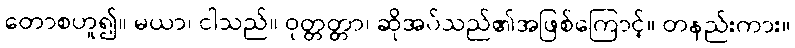
တောစဟူ၍။ မယာ၊ ငါသည်။ ဝုတ္တတ္တာ၊ ဆိုအပ်သည်၏အဖြစ်ကြောင့်။ တနည်းကား။